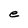
Character: e